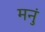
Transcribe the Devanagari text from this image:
मनुं